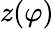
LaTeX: z(\varphi)